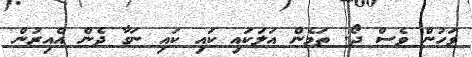
ވަހުން ވެސް ދޯ. ތަމެން އަލަކައި ކައި ކައި ނަގާ ދެން އެއިރުން